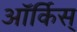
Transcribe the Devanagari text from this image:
ऑर्किस्